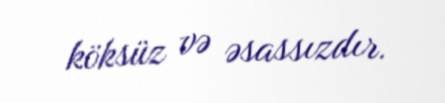
köksüz və əsassızdır.